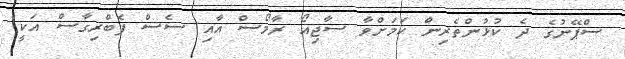
ސްޕޭނުގެ ދެ ކުޅުންތެރިން ކަމަށްވާ ސާޖިއޯ ރާމޯސް އާއި ސެސް ފެބްރިގާސް އަކީ